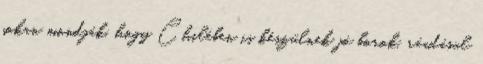
sokan mondják, hogy Chilében is készülnek jó borok, ráadásul